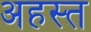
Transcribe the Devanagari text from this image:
अहस्त